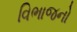
વિભાજનો